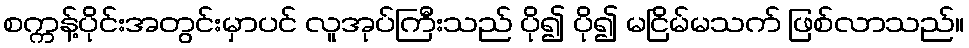
စက္ကန့်ပိုင်းအတွင်းမှာပင် လူအုပ်ကြီးသည် ပို၍ ပို၍ မငြိမ်မသက် ဖြစ်လာသည်။